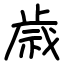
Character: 𫞓